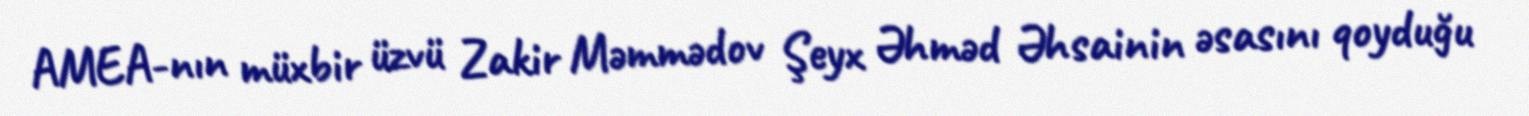
AMEA-nın müxbir üzvü Zakir Məmmədov Şeyx Əhməd Əhsainin əsasını qoyduğu